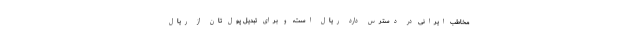
مخاطب ایرانی در دسترس دارد ریال است، و برای تبدیل پول تان از ریال